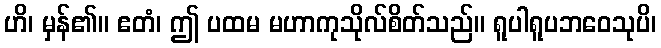
ဟိ၊ မှန်၏။ ဧတံ၊ ဤ ပထမ မဟာကုသိုလ်စိတ်သည်။ ရူပါရူပဘဝေသုပိ၊